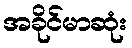
အခိုင်မာဆုံး